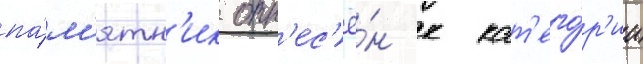
па́м'ятн'ик отн'ес'ё́н к кат'его́р'ии